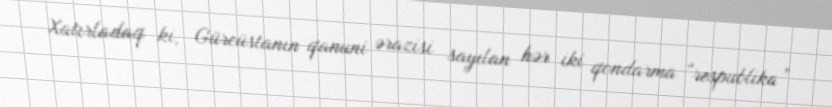
Xatırladaq ki, Gürcüstanın qanuni ərazisi sayılan hər iki qondarma “respublika”